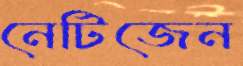
নেটিজেন